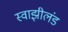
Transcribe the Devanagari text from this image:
स्वाझीलंड